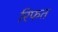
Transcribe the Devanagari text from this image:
रिफत